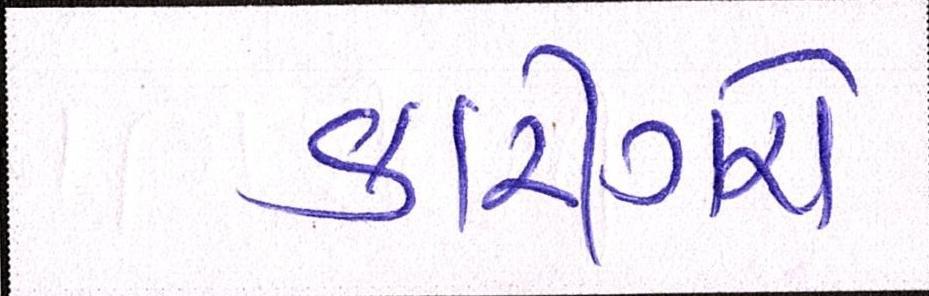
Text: કારીગરો